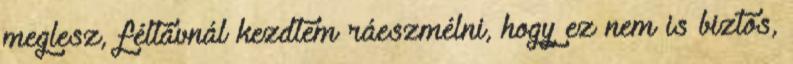
meglesz, féltávnál kezdtem ráeszmélni, hogy ez nem is biztos,